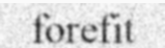
forefit